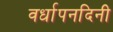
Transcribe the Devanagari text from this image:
वर्धापनदिनी